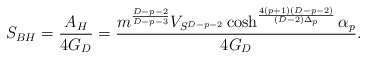
\begin{align*}S_{BH}={{A_H}\over{4G_D}}={{m^{{D-p-2}\over{D-p-3}}V_{S^{D-p-2}}\cosh^{{4(p+1)(D-p-2)}\over{(D-2)\Delta_p}}\alpha_p}\over{4G_D}}.\end{align*}